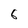
Character: 6